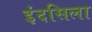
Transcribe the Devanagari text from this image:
इंदसिला